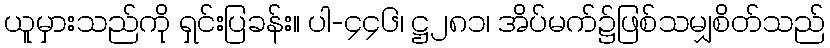
ယူမှားသည်ကို ရှင်းပြခန်း။ ပါ-၄၄၆၊ ဋ္ဌ၂၈၁၊ အိပ်မက်၌ဖြစ်သမျှစိတ်သည်